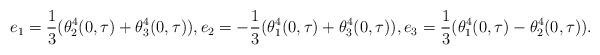
LaTeX: \begin{align*}e_{1}=\frac {1}{3}(\theta_{2}^{4}(0,\tau)+\theta_{3}^{4}(0,\tau)),e_{2}=- \frac {1}{3}(\theta_{1}^{4}(0,\tau)+\theta_{3}^{4}(0,\tau)),e_{3}=\frac {1}{3}(\theta_{1}^{4}(0,\tau)-\theta_{2}^{4}(0,\tau)).\end{align*}